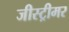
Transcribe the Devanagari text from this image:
जीस्ट्रीमर